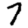
Digit: 7